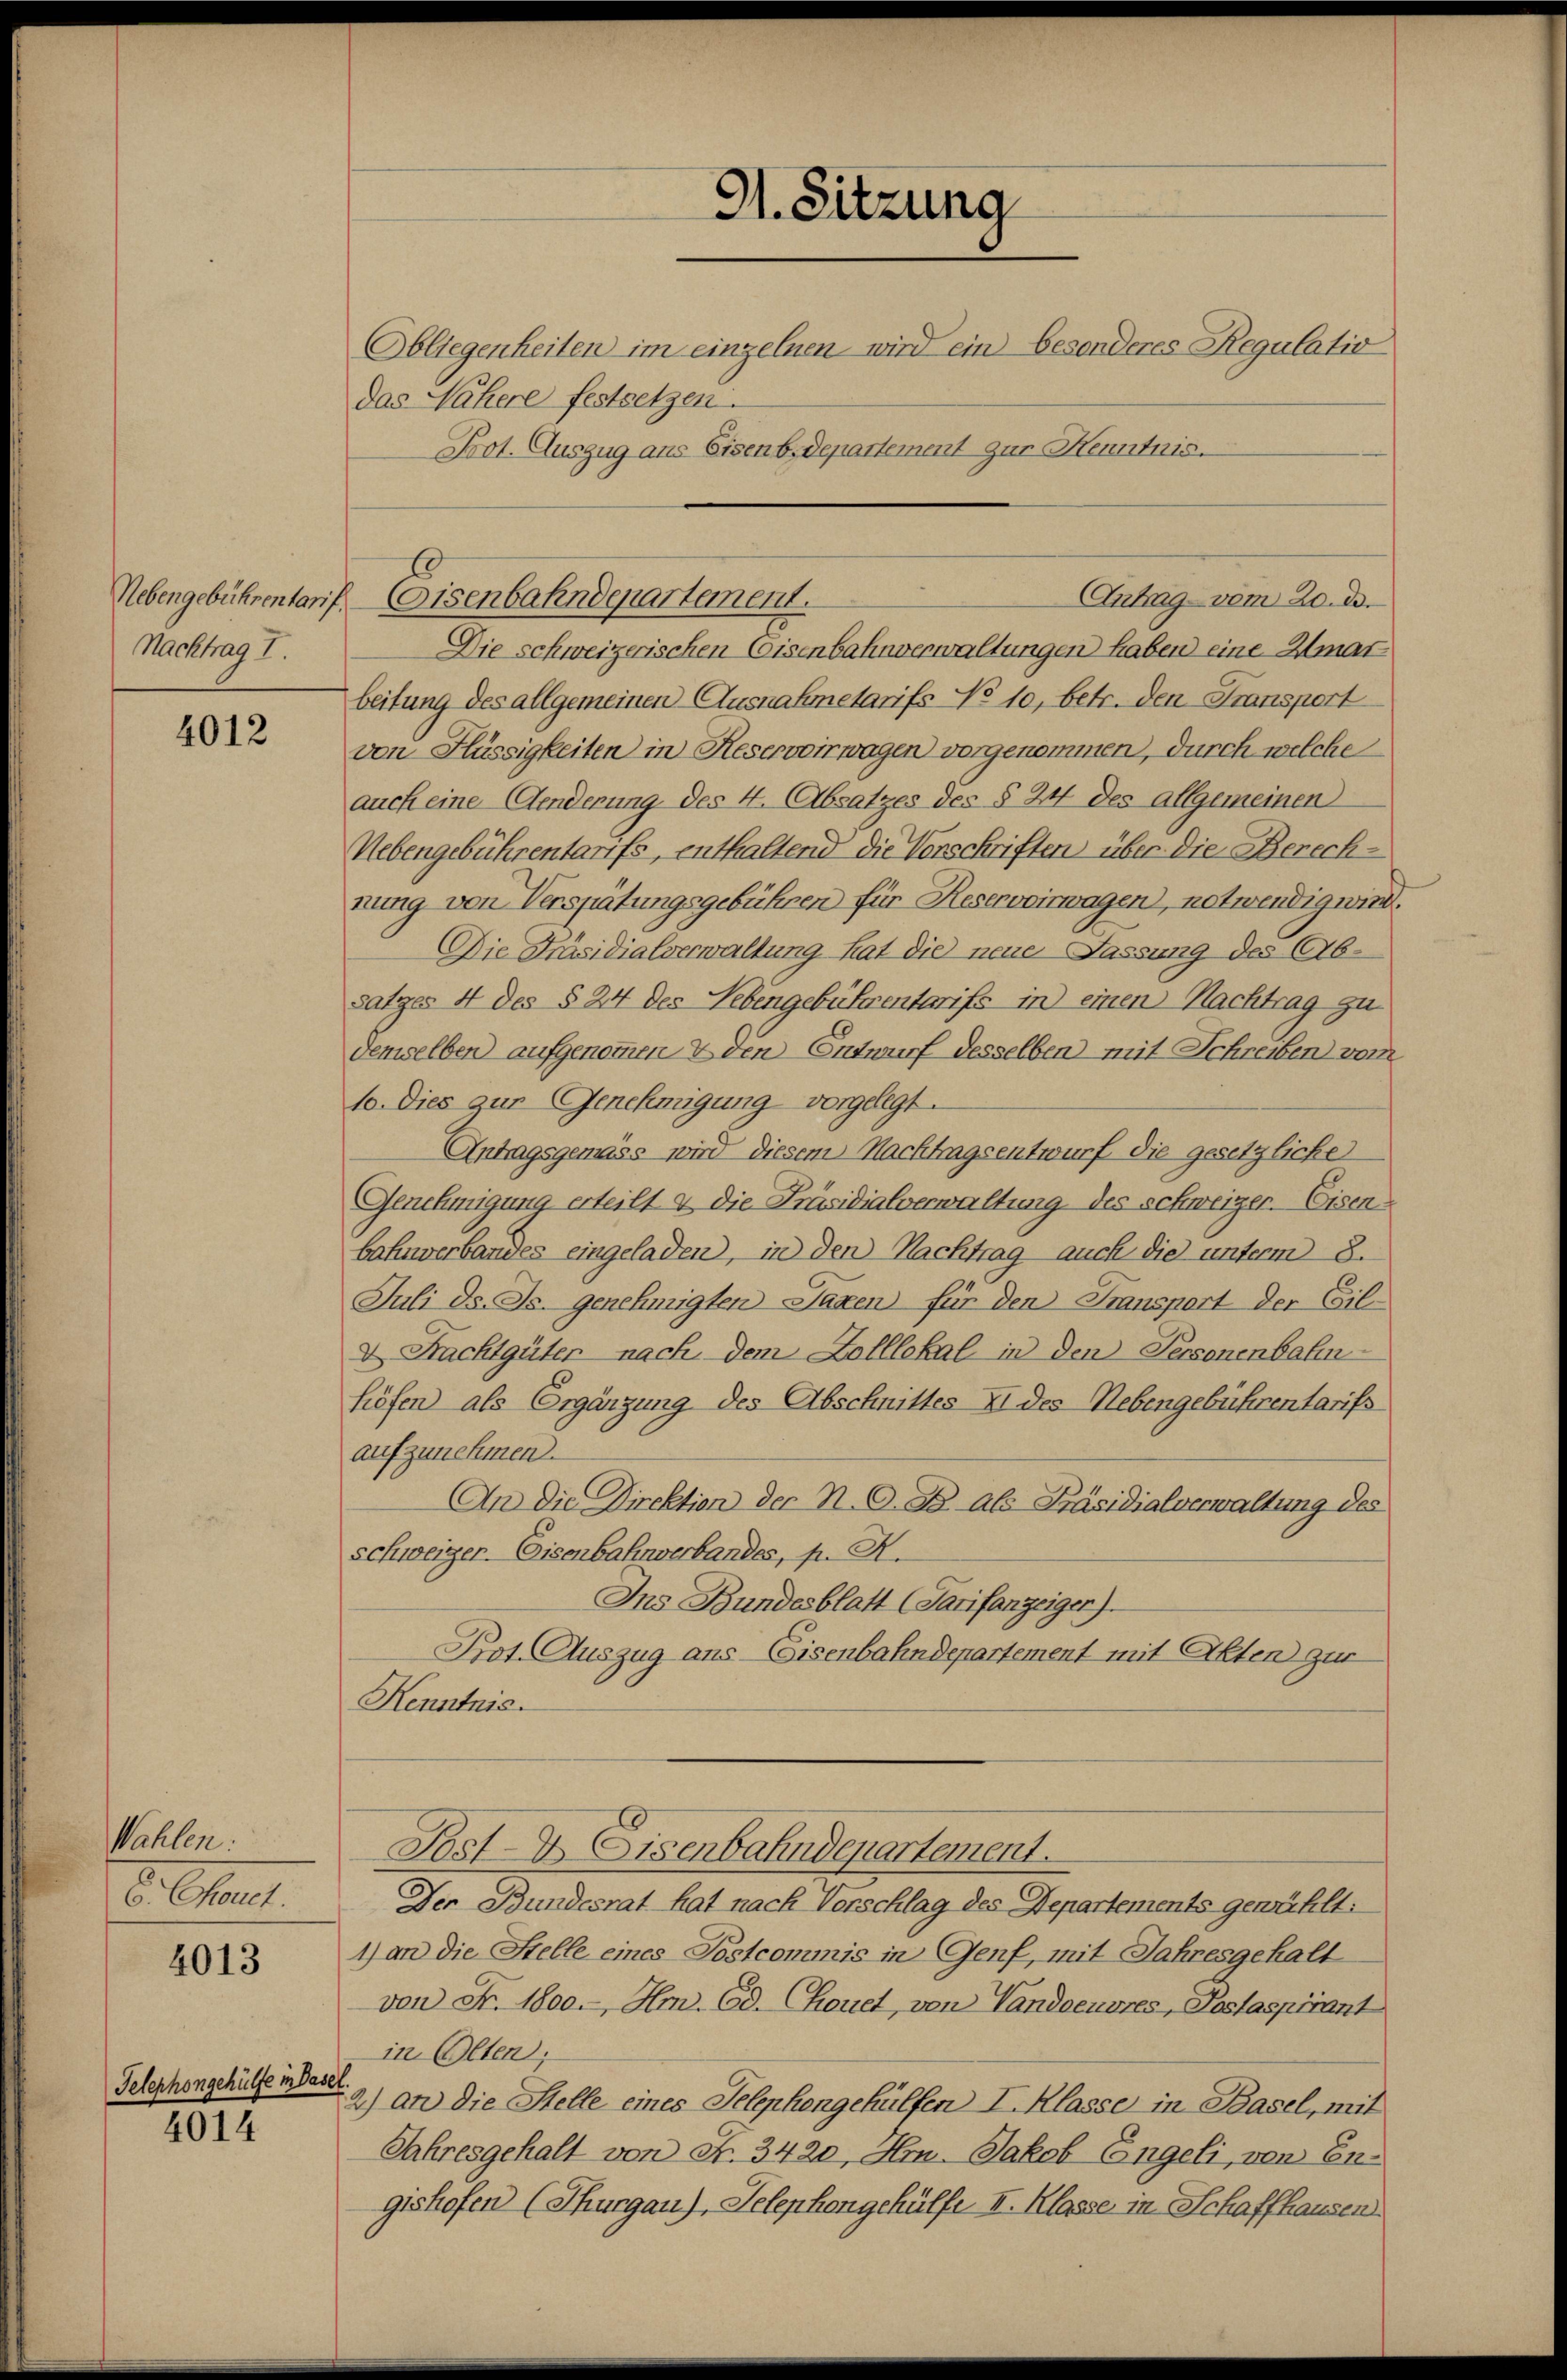
Nachtrag I.

4012

Wahlen.
8. Mart.

4013

Telephongehülfe in Base

4014.

Das Nähere festsetzen.

91. Sitzung
Obliegenheiten im einzelnen wird ein besonderes Regulatio
Prot. Auszug aus Eisenb.Departement zur Kenntnis.

Die schweizerischen Coisenbahnverwaltungen haben eine Amat
beitung des allgemeinen Ausnahmetarifs No 10, betr. den Transport
von Flüssigkeiten in Reservoirwagen vorgenommen, durch welche
auch eine Aenderung des 4. Absatzes des § 24 des allgemeinen
Nebengebührentarifs, enthaltend die Vorschriften über die Berechnung von Verspätungsgebühren für Reservoirwagen, notwendig wird.
Die Präsidialverwaltung hat die neue Fassung des Absatzes 4 des § 24 des Lebengebührentarifs in einen Nachtrag zu
demselben aufgenommen & den Entwurf desselben mit Schreiben vom
1o. Dies zur Genehmigung vorgelegt.
Antragsgemäss wird diesem Nachtragsentwurf die gesetzliche
Genehmigung erteilt & die Präsidialverwaltung des schweizer. Eisen
bahnverbandes eingeladen, in den Nachtrag auch die unterm 8.
Juli d. Js. genehmigten Taxen für den Transport der Eilv. Frachtgüter nach dem Dolllokal in den Personenbahn
höfen als Ergänzung des Abschnittes II des Nebengebührentarifs
aufzunehmen.
An die Direktion der N. O. S. Als Präsidialverwaltung des
schweiger. Eisenbahnverbandes, p. N.
Ins Bundesblatt (Tarifanzeigen).
Pot. Auszug aus Eisenbahndepartement mit Alten zur
Kenntnis.
Post- & Eisenbahndenartement.
Der Bundesrat hat nach Verschlag des Departements gewählt:
1) an die Stelle eines Postcommis in Genf, mit Jahresgehalt
von Fr. 1800. Hm. Ed. Chouet, von Vandoeuvres Postaspirant
in Olten;
2) an die Stelle eines Telephongehülfen I. Klasse in Basel, mit
Jahresgehalt von Fr. 3420, Hr. Jakob Engeli, von En-
gishofen (Thurgau), Telephongehülfe I. Klasse in Schaffhausen

Nebengebührentarif Gisenbahndepartement.
Antrag vom 20. ds.